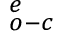
_ { o - c } ^ { e }